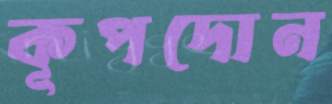
কূপদোন